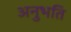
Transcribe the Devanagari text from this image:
अनुभति